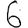
Digit: 6